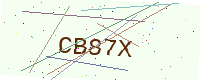
Text: CB87X